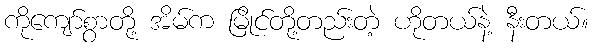
ကိုကျော်စွာတို့ အိမ်က မြိုင်တို့တည်းတဲ့ ဟိုတယ်နဲ့ နီးတယ်။